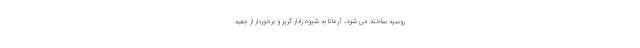
روسیه ساخته می شود، آرماتا به شیوه رادار گریز و برخوردار از جعبه